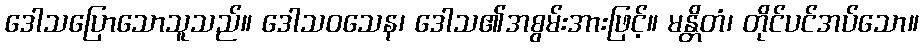
ဒေါသပြောသောသူသည်။ ဒေါသဝသေန၊ ဒေါသ၏အစွမ်းအားဖြင့်။ မန္တိတံ၊ တိုင်ပင်အပ်သော။